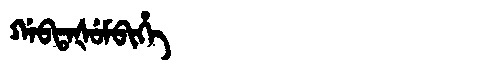
Manchu: ᡤᠠᠪᡨᠠᡧᡠᠮᠪᡳᡥᡝ
Romanization: GABTAŠUMBIHE